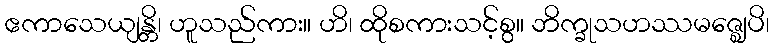
ဧကာသေယျန္တိ၊ ဟူသည်ကား။ ဟိ၊ ထိုစကားသင့်စွ။ ဘိက္ခုသဟဿမဇ္ဈေပိ၊